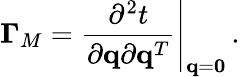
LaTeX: {\mathbf\Gamma}_{M}=\left.\frac{\partial^{2}t}{\partial{\mathbf q}\partial{\mathbf q}^{T}}\right|_{{\mathbf q}={\mathbf 0}}\, .